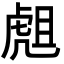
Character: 䖕